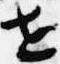
世